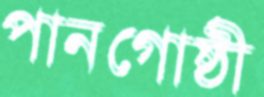
পানগোষ্ঠী